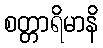
စတ္တာရိမာနိ